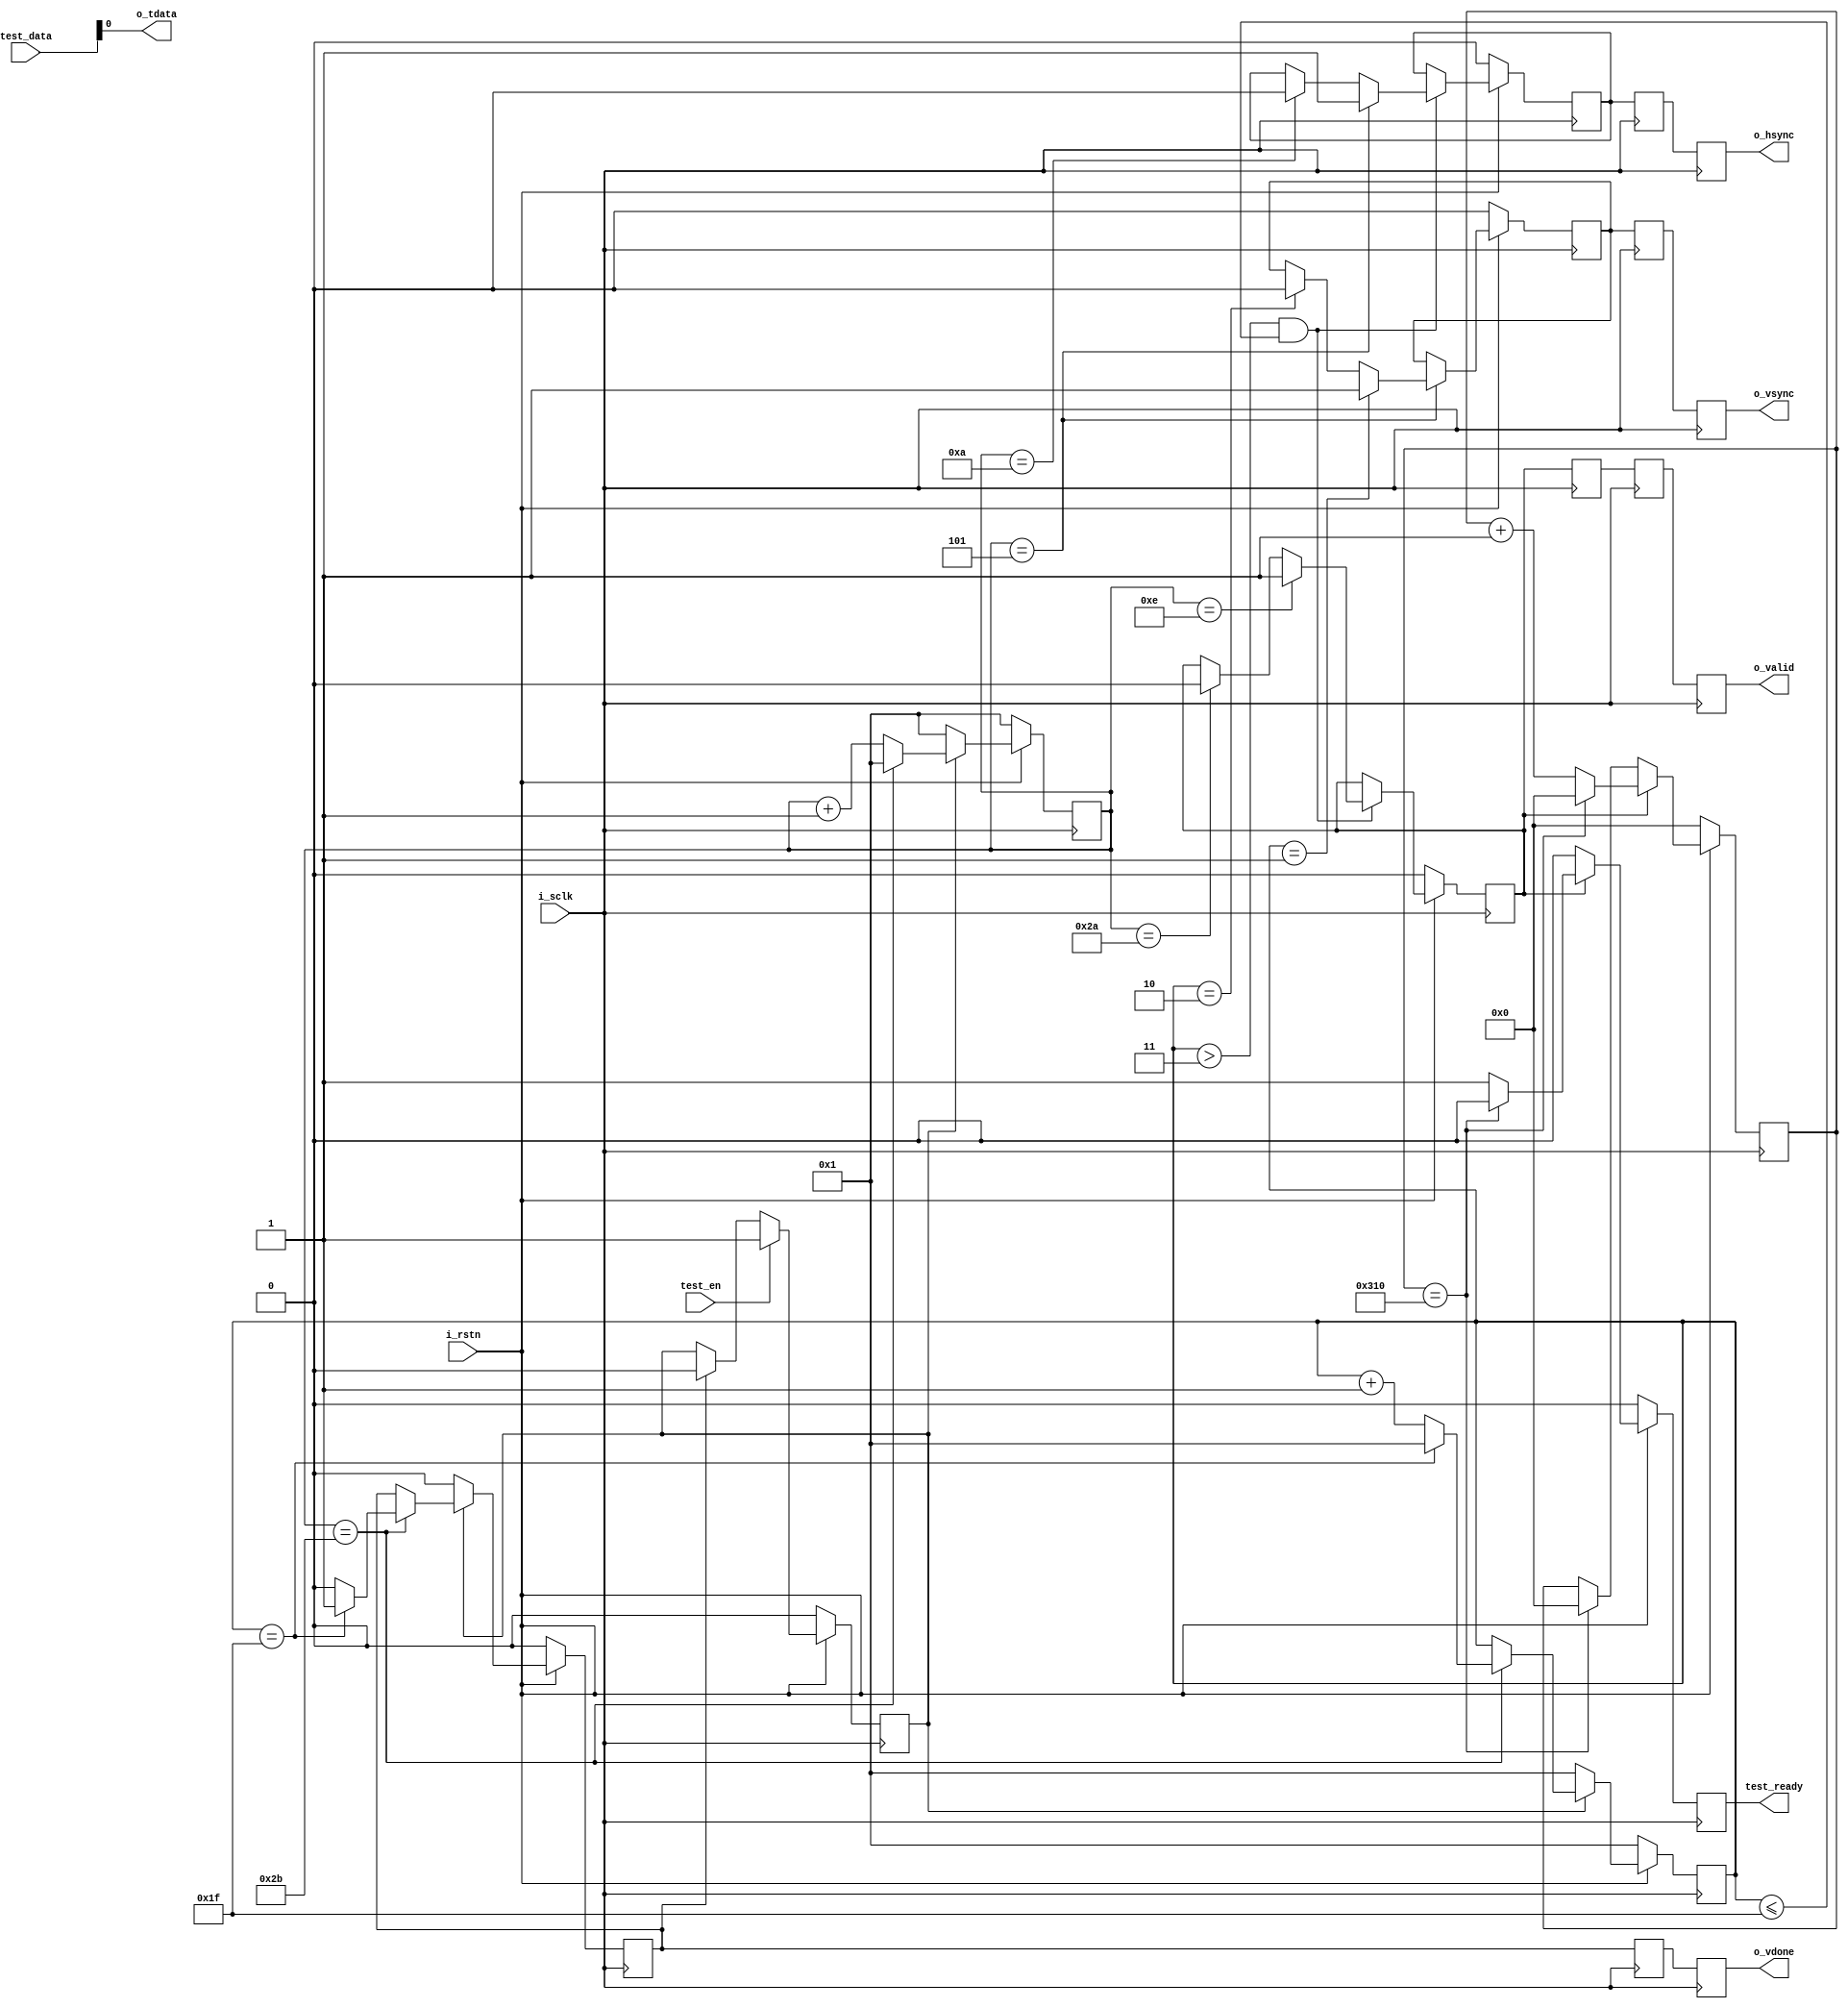
`timescale 1ns / 1ps
//////////////////////////////////////////////////////////////////////////////////
// Company: 
// Engineer: 
// 
// Design Name: 
// Module Name: buffer_test_data
// Project Name: 
// Target Devices: 
// Tool Versions: 
// Description: 
// 
// Dependencies: 
// 
// Revision:
// Revision 0.01 - File Created
// Additional Comments:
// 
//////////////////////////////////////////////////////////////////////////////////


module buffer_test_data(
	input	wire	i_sclk,
	input	wire	i_rstn,

        input   wire[7:0]  test_data,
	input   wire    test_en,
	output  wire    test_ready,
	
	output	wire	o_vsync,
	output	wire	o_hsync,
	output	wire	o_valid,
	output	wire	o_tdata,
	output	wire	o_vdone		//
);


//------------------------------------------//
//					PARAM					//
//------------------------------------------//
parameter	WDATA    = 8;
parameter	H_FBLANK = 5;
parameter	H_ACTIVE = 28;
parameter	H_BBLANK = 5;
parameter	H_BALNK	 = 5;
parameter	H_TOTAL	 = H_FBLANK + H_ACTIVE + H_BBLANK + H_BALNK;
parameter	V_FBLANK = 1;
parameter	V_ACTIVE = 28;
parameter	V_BBLANK = 1;
parameter	V_BALNK	 = 1;
parameter	V_TOTAL	 = V_FBLANK + V_ACTIVE + V_BBLANK + V_BALNK;

parameter	PIX_NUM = H_ACTIVE*V_ACTIVE - 1;
//------------------------------------------//
//					SIGNAL					//
//------------------------------------------//

reg 		start;
reg 		stop;
reg [7:0]	cnt_c,cnt_r;

reg 		de_ahead;
reg [9:0]	de_cnt;

reg 		vs;
reg 		hs;
reg 		de;

reg            ready;

reg 		vs1;
reg 		hs1;
reg 		de1;
reg 		stop1;
reg 		vs2;
reg 		hs2;
reg 		de2;
reg 		stop2;
reg 		vs3;
reg 		hs3;
reg 		de3;
reg 		stop3;

//------------------------------------------//
//					CODE					//
//------------------------------------------//

assign o_vsync = vs2;
assign o_hsync = hs2;
assign o_valid = de2;
assign o_tdata = test_data[0];
assign o_vdone = stop2;
assign test_ready =ready;

always @(posedge i_sclk)	de <= de_ahead;


always @(posedge i_sclk)
	if(!i_rstn)		start <= 'd0;
	else if(test_en)	start <= 'd1;
	else if(stop)		start <= 'd0;

always @(posedge i_sclk)
	if(!i_rstn)
	begin
		stop <= 'd0;
		cnt_c <= 'd1;
		cnt_r <= 'd1;
	end
	else if(start)
	begin
		if(cnt_c==H_TOTAL)
		begin
			cnt_c <= 'd1;
			if(cnt_r==V_TOTAL)
			begin
				stop <= 'd1;
				cnt_r <= 'd1;
			end
			else
			begin
				stop <= 'd0;
				cnt_r <= cnt_r + 'd1;
			end
		end
		else
		begin
			cnt_c <= cnt_c + 'd1;
			cnt_r <= cnt_r;
		end
	end
	else
	begin
		stop <= 'd0;
		cnt_c <= 'd1;
		cnt_r <= 'd1;
	end

always @(posedge i_sclk)
	if(!i_rstn)								vs <= 'd0;
	else if(cnt_c==H_FBLANK)
	begin
		if(cnt_r==V_FBLANK)					vs <= 'd1;
		else if(cnt_r==V_FBLANK + V_BALNK)	vs <= 'd0;
	end

always @(posedge i_sclk)
	if(!i_rstn)
	begin
		hs <= 'd0;
		de_ahead <= 'd0;
	end
	else if(cnt_r>V_TOTAL-V_ACTIVE&&cnt_r<=V_TOTAL)
	begin
		if(cnt_c==H_FBLANK)					hs <= 'd1;
		else if(cnt_c==H_FBLANK + H_BALNK)	hs <= 'd0;
		
		if(cnt_c==H_TOTAL-H_ACTIVE-1)		de_ahead <= 'd1;
		else if(cnt_c==H_TOTAL-1)			de_ahead <= 'd0;
	end

always @(posedge i_sclk)
	if(!i_rstn)
        begin				
	  de_cnt <= 'd0;
	  ready <= 0;
	end
	else
	begin 
	  if(de_ahead)
	  begin
		if(de_cnt==PIX_NUM+1)
		begin	       
		  de_cnt <= 'd0;
		  ready <= 0;
		end
		else				
		begin 
		  de_cnt <= de_cnt + 'd1;
		  ready <= 1;
		end
	  end
	  else
	  begin
	    if(de_cnt==PIX_NUM+1)
	    begin
	      de_cnt <= 'd0;
	      ready <= 0;
	    end
	    else
	    begin
	      de_cnt <= de_cnt;
	      ready <= 0;
	    end
	  end
	end

always @(posedge i_sclk)
begin
  vs1 <= vs;
  hs1 <= hs;
  de1 <= de;
  stop1 <= stop;
  vs2 <= vs1;
  hs2 <= hs1;
  de2 <= de1;
  stop2 <= stop1;
  vs3 <= vs2;
  hs3 <= hs2;
  de3 <= de2;
  stop3 <= stop2;
end

endmodule